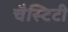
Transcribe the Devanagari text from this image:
चैस्टिटी